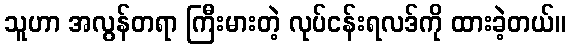
သူဟာ အလွန်တရာ ကြီးမားတဲ့ လုပ်ငန်းရလဒ်ကို ထားခဲ့တယ်။